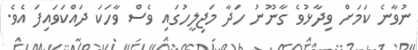
ނުވާނެ ކަމަށް ވިދާޅުވެ ގާނޫނު ހަދާ މަޖިލީހުގައި ވެސް ވާހަކަ ދައްކަވައިފަ އެވެ.